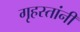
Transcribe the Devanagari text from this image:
गृहस्तांनी